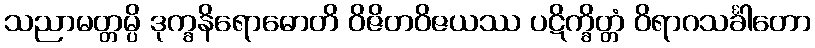
သညာမတ္တမ္ပိ ဒုက္ခနိရောဓောတိ ဝိဇိတဝိဇယဿ ပဋိက္ခိတ္တံ ဝိရာဂသင်္ခါတော